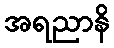
အရညာနိ